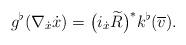
LaTeX: \begin{align*} g ^\flat ( \nabla _{ \dot{x} } \dot{x} ) = \big( i _{ \dot{x} } \widetilde{ R } \big) ^\ast k ^\flat ( \overline{ v } ) . \end{align*}